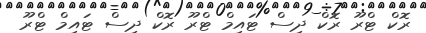
ރޮކް ޓްރޫ ރޮކް ދިސް ޓައިމް ޓްރޫ ރޮކް ދިސް ޓައިމް ޓްރޫ